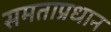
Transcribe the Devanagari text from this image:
समताप्रधान